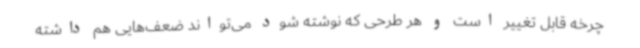
چرخه قابل تغییر است و هر طرحی که نوشته شود می‌تواند ضعف‌هایی هم داشته